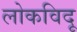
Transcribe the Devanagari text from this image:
लोकविदू